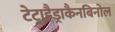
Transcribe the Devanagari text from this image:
टेट्राहैड्राकैनबिनोल